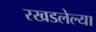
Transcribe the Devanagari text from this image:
रखडलेल्या